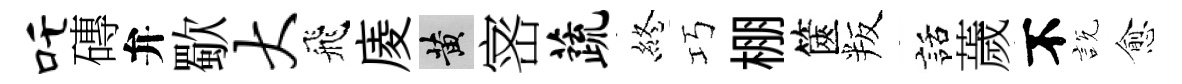
吒磚弁歜大飛庱黄宻蔬終巧棚篋叛話薉不説愈